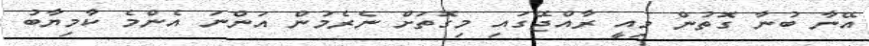
އޭނާ ބުނާ ގޮތުން މިއީ ރާއްޖޭގައި މިގޮތަށް ނެރެމުން އަންނަ އެންމެ ކާމިޔާބު